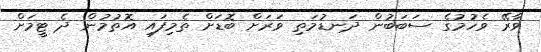
ވާރޭ ވެހުމުގެ ސަބަބުން ދަނޑުމަތި ވަރަށް ބޮޑަށް ތެމިފައި އޮތުމުން ދެ ޓީމަށް